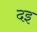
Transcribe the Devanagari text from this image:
दइ